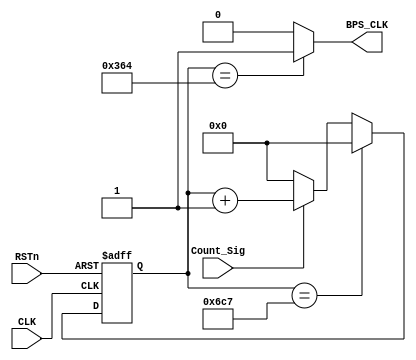
module rx_bps_module
(
    CLK, RSTn,
	 Count_Sig, 
	 BPS_CLK
);

    input CLK;
	 input RSTn;
	 input Count_Sig;
	 output BPS_CLK;
	 
	 /***************************/
	 
	 reg [11:0]Count_BPS;
	 
	 always @ ( posedge CLK or negedge RSTn )
	    if( !RSTn )
		     Count_BPS <= 12'd0;
		 else if( Count_BPS == 12'd1735 )
		     Count_BPS <= 12'd0;
		 else if( Count_Sig )
		     Count_BPS <= Count_BPS + 1'b1;
		 else
		     Count_BPS <= 12'd0;
			  
	 /********************************/

    assign BPS_CLK = ( Count_BPS == 12'd868 ) ? 1'b1 : 1'b0;

    /*********************************/

endmodule